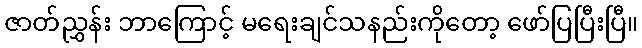
ဇာတ်ညွှန်း ဘာကြောင့် မရေးချင်သနည်းကိုတော့ ဖော်ပြပြီးပြီ။